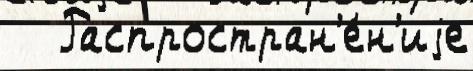
   Распростран'е́н'иjе